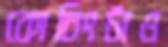
কোচিংটাও